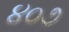
૪૦૭